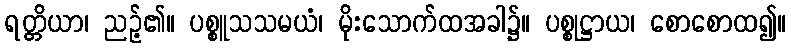
ရတ္တိယာ၊ ညဉ့်၏။ ပစ္စူသသမယံ၊ မိုးသောက်ထအခါ၌။ ပစ္စုဋ္ဌာယ၊ စောစောထ၍။